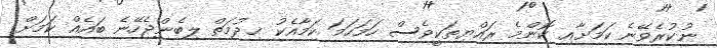
ނުކުރެވޭނެ ކަމަށާއި ކޮންމެ ރައްޔިތަކީވެސް ހަމަހަމަ ކަމާއެކު ޚިދުމަތް ލިބެންޖެހޭނެ ބައެއް ކަމަށް